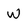
Character: W